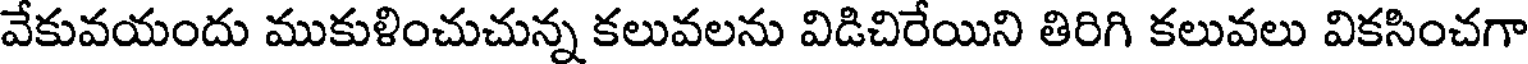
వేకువయందు ముకుళించుచున్న కలువలను విడిచిరేయిని తిరిగి కలువలు వికసించగా